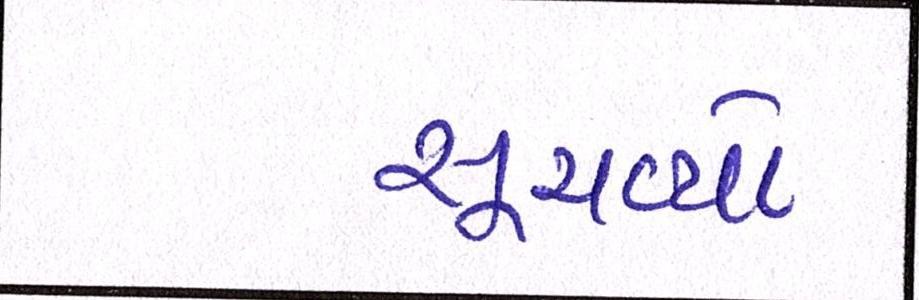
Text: સૂચવ્યો